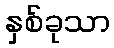
နှစ်ခုသာ